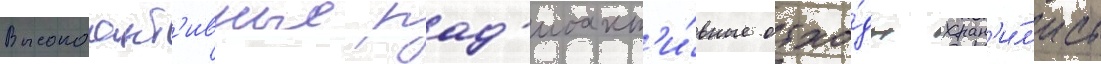
Высокоакт'ивные рад'иоакт'и́вные отхо́ды хран'и́л'ись